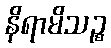
နိရာမိသဉ္စ